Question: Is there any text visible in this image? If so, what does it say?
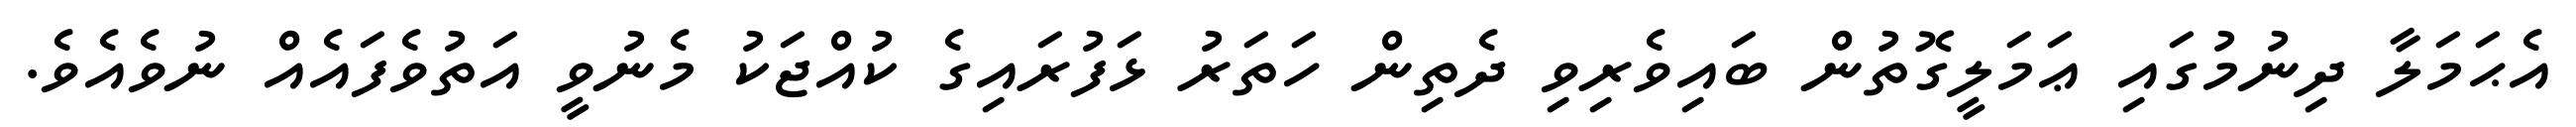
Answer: އެޙަމަލާ ދިނުމުގައި ޢަމަލީގޮތުން ބައިވެރިވި ދެތިން ހަތަރު ޅަފުރައިގެ ކުއްޖަކު މެނުވީ އަތުވެފައެއް ނުވެއެވެ.